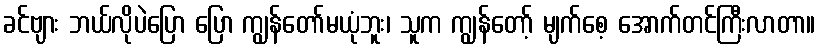
ခင်ဗျား ဘယ်လိုပဲပြော ပြော ကျွန်တော်မယုံဘူး၊ သူက ကျွန်တော့် မျက်စေ့ အောက်တင်ကြီးလာတာ။